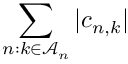
\sum _ { n : k \in \mathcal { A } _ { n } } | c _ { n , k } |